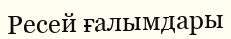
Ресей ғалымдары